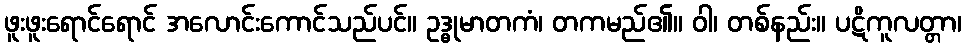
ဖူးဖူးရောင်ရောင် အလောင်းကောင်သည်ပင်။ ဥဒ္ဓုမာတကံ၊ တကမည်၏။ ဝါ၊ တစ်နည်း။ ပဋိကူလတ္တာ၊